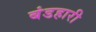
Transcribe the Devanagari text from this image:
बंडहारी